Insane asylums in Bengal annual reports 1867-1875 - 1867-1875
Year: 1867
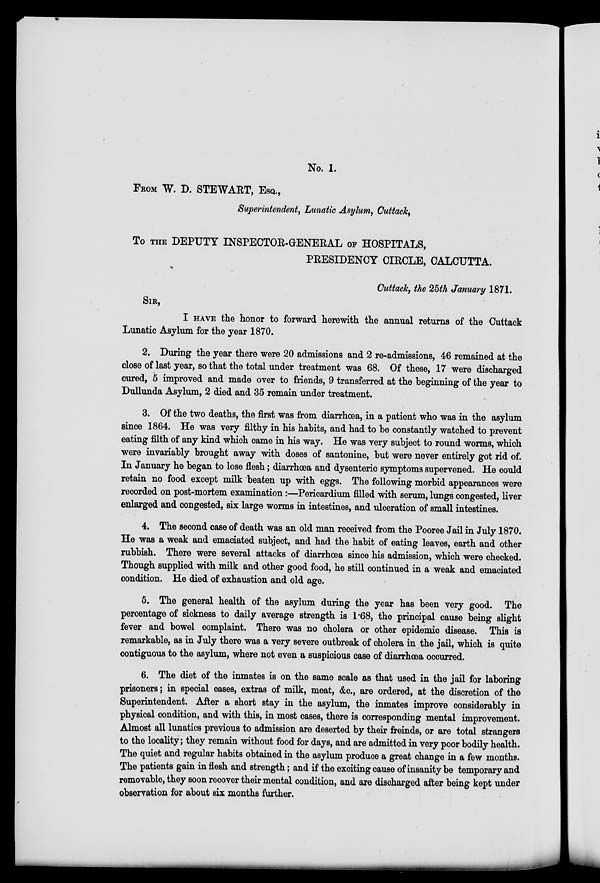
No. 1.
FROM W. D. STEWART, ESQ.,
Superintendent, Lunatic Asylum, Cuttack,
To THE DEPUTY INSPECTOR-GENERAL OF HOSPITALS,
PRESIDENCY CIRCLE, CALCUTTA.
Cuttack, the 25th January 1871.
SIR,
I HAVE the honor to forward herewith the annual returns of the Cuttack
Lunatic Asylum for the year 1870.
2. During the year there were 20 admissions and 2 re-admissions, 46 remained at the
close of last year, so that the total under treatment was 68. Of these, 17 were discharged
cured, 5 improved and made over to friends, 9 transferred at the beginning of the year to
Dullunda Asylum, 2 died and 35 remain under treatment.
3. Of the two deaths, the first was from diarrhœa, in a patient who was in the asylum
since 1864. He was very filthy in his habits, and had to be constantly watched to prevent
eating filth of any kind which came in his way. He was very subject to round worms, which
were invariably brought away with doses of santonine, but were never entirely got rid of.
In January he began to lose flesh; diarrhœa and dysenteric symptoms supervened. He could
retain no food except milk beaten up with eggs. The following morbid appearances were
recorded on post-mortem examination:—Pericardium filled with serum, lungs congested, liver
enlarged and congested, six large worms in intestines, and ulceration of small intestines.
4. The second case of death was an old man received from the Pooree Jail in July 1870.
He was a weak and emaciated subject, and had the habit of eating leaves, earth and other
rubbish. There were several attacks of diarrhœa since his admission, which were checked.
Though supplied with milk and other good food, he still continued in a weak and emaciated
condition. He died of exhaustion and old age.
5. The general health of the asylum during the year has been very good. The
percentage of sickness to daily average strength is 1.68, the principal cause being slight
fever and bowel complaint. There was no cholera or other epidemic disease. This is
remarkable, as in July there was a very severe outbreak of cholera in the jail, which is quite
contiguous to the asylum, where not even a suspicious case of diarrhœa occurred.
6. The diet of the inmates is on the same scale as that used in the jail for laboring
prisoners; in special cases, extras of milk, meat, &c., are ordered, at the discretion of the
Superintendent. After a short stay in the asylum, the inmates improve considerably in
physical condition, and with this, in most cases, there is corresponding mental improvement.
Almost all lunatics previous to admission are deserted by their freinds, or are total strangers
to the locality; they remain without food for days, and are admitted in very poor bodily health.
The quiet and regular habits obtained in the asylum produce a great change in a few months.
The patients gain in flesh and strength; and if the exciting cause of insanity be temporary and
removable, they soon recover their mental condition, and are discharged after being kept under
observation for about six months further.